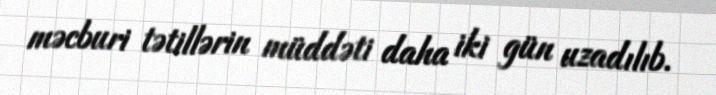
məcburi tətillərin müddəti daha iki gün uzadılıb.